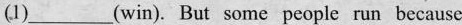
(1)___(win). But some people run because